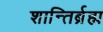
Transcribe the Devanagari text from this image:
शान्तिर्ब्रह्म